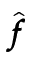
\hat { \pmb f }